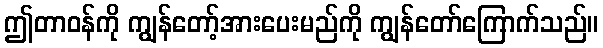
ဤတာဝန်ကို ကျွန်တော့်အားပေးမည်ကို ကျွန်တော်ကြောက်သည်။